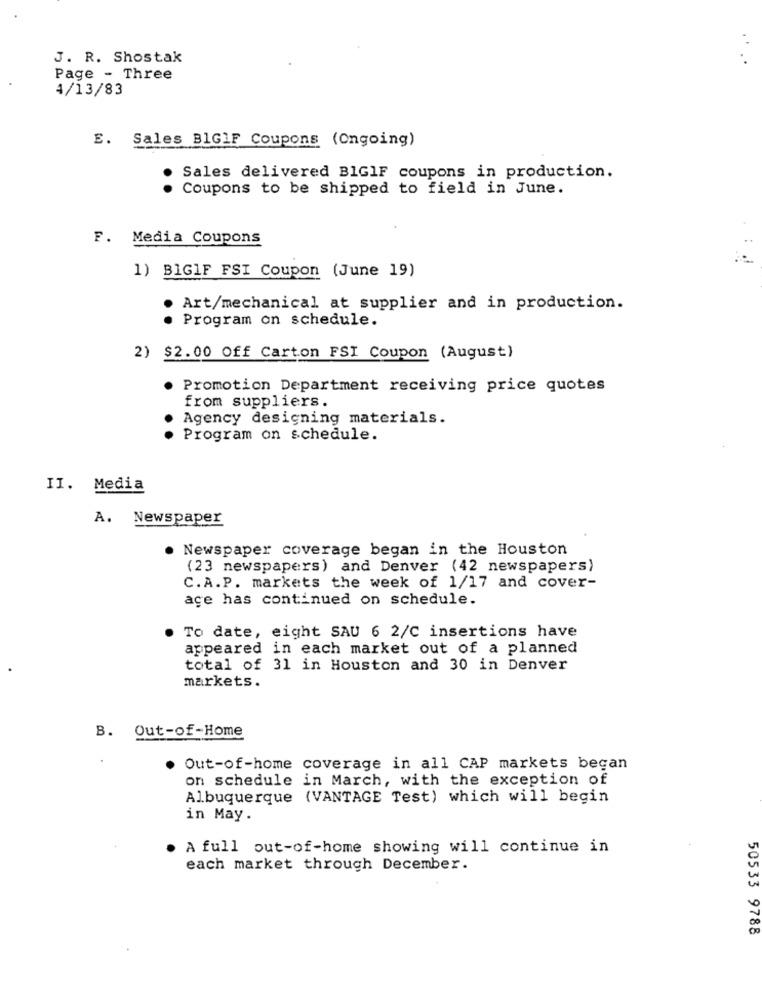
J. R. Shostak
Page - Three
4/13/83
E. Sales BIGIF Coupons (Ongoing)
Sales delivered BIGIF coupons in production.
Coupons to be shipped to field in June.
F. Media Coupons
1) BIGIF FSI Coupon (June 19)
. Art/mechanical at supplier and in production.
Program on schedule.
2) $2.00 Off Carton FSI Coupon (August)
. Promotion Department receiving price quotes
from suppliers.
Agency designing materials.
Program on schedule.
II. Media
A. Newspaper
. Newspaper coverage began in the Houston
(23 newspapers) and Denver (42 newspapers)
C.A.P. markets the week of 1/17 and cover-
age has continued on schedule.
To date, eight SAU 6 2/C insertions have
appeared in each market out of a planned
total of 31 in Houston and 30 in Denver
markets.
B. Out-of-Home
Out-of-home coverage in all CAP markets began
on schedule in March, with the exception of
Albuquerque (VANTAGE Test) which will begin
in May.
A full out-of-home showing will continue in
each market through December.
50533 9788